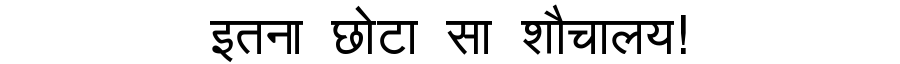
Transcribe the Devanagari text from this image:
इतना छोटा सा शौचालय!